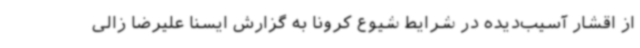
از اقشار آسیب‌دیده در شرایط شیوع کرونا به گزارش ایسنا علیرضا زالی